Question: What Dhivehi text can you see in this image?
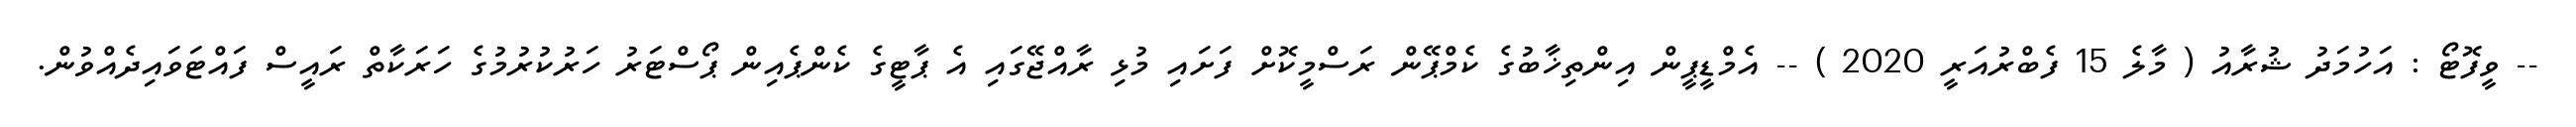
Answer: -- ވީފޮޓޯ : އަހުމަދު ޝުރާއު ( މާލެ 15 ފެބްރުއަރީ 2020 ) -- އެމްޑީޕީން އިންތިޚާބުގެ ކެމްޕޭން ރަސްމީކޮށް ފަށައި މުޅި ރާއްޖޭގައި އެ ޕާޓީގެ ކެންޕެއިން ޕޯސްޓަރު ހަރުކުރުމުގެ ހަރަކާތް ރައީސް ފައްޓަވައިދެއްވުން.